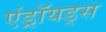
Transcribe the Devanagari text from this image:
एंड्रॉयड्स